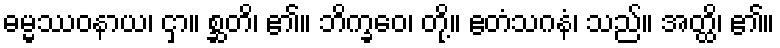
ဓမ္မဿဝနာယ၊ ငှာ။ စ္ဆတိ၊ ၏။ ဘိက္ခဝေ၊ တို့။ ဧတံသဂနံ၊ သည်။ အတ္ထိ၊ ၏။